Bréfritari: Gunnlaugur Oddsson
Dagsetning: A-1890-04-01
Skrifað á: Glasgow, Skotlandi

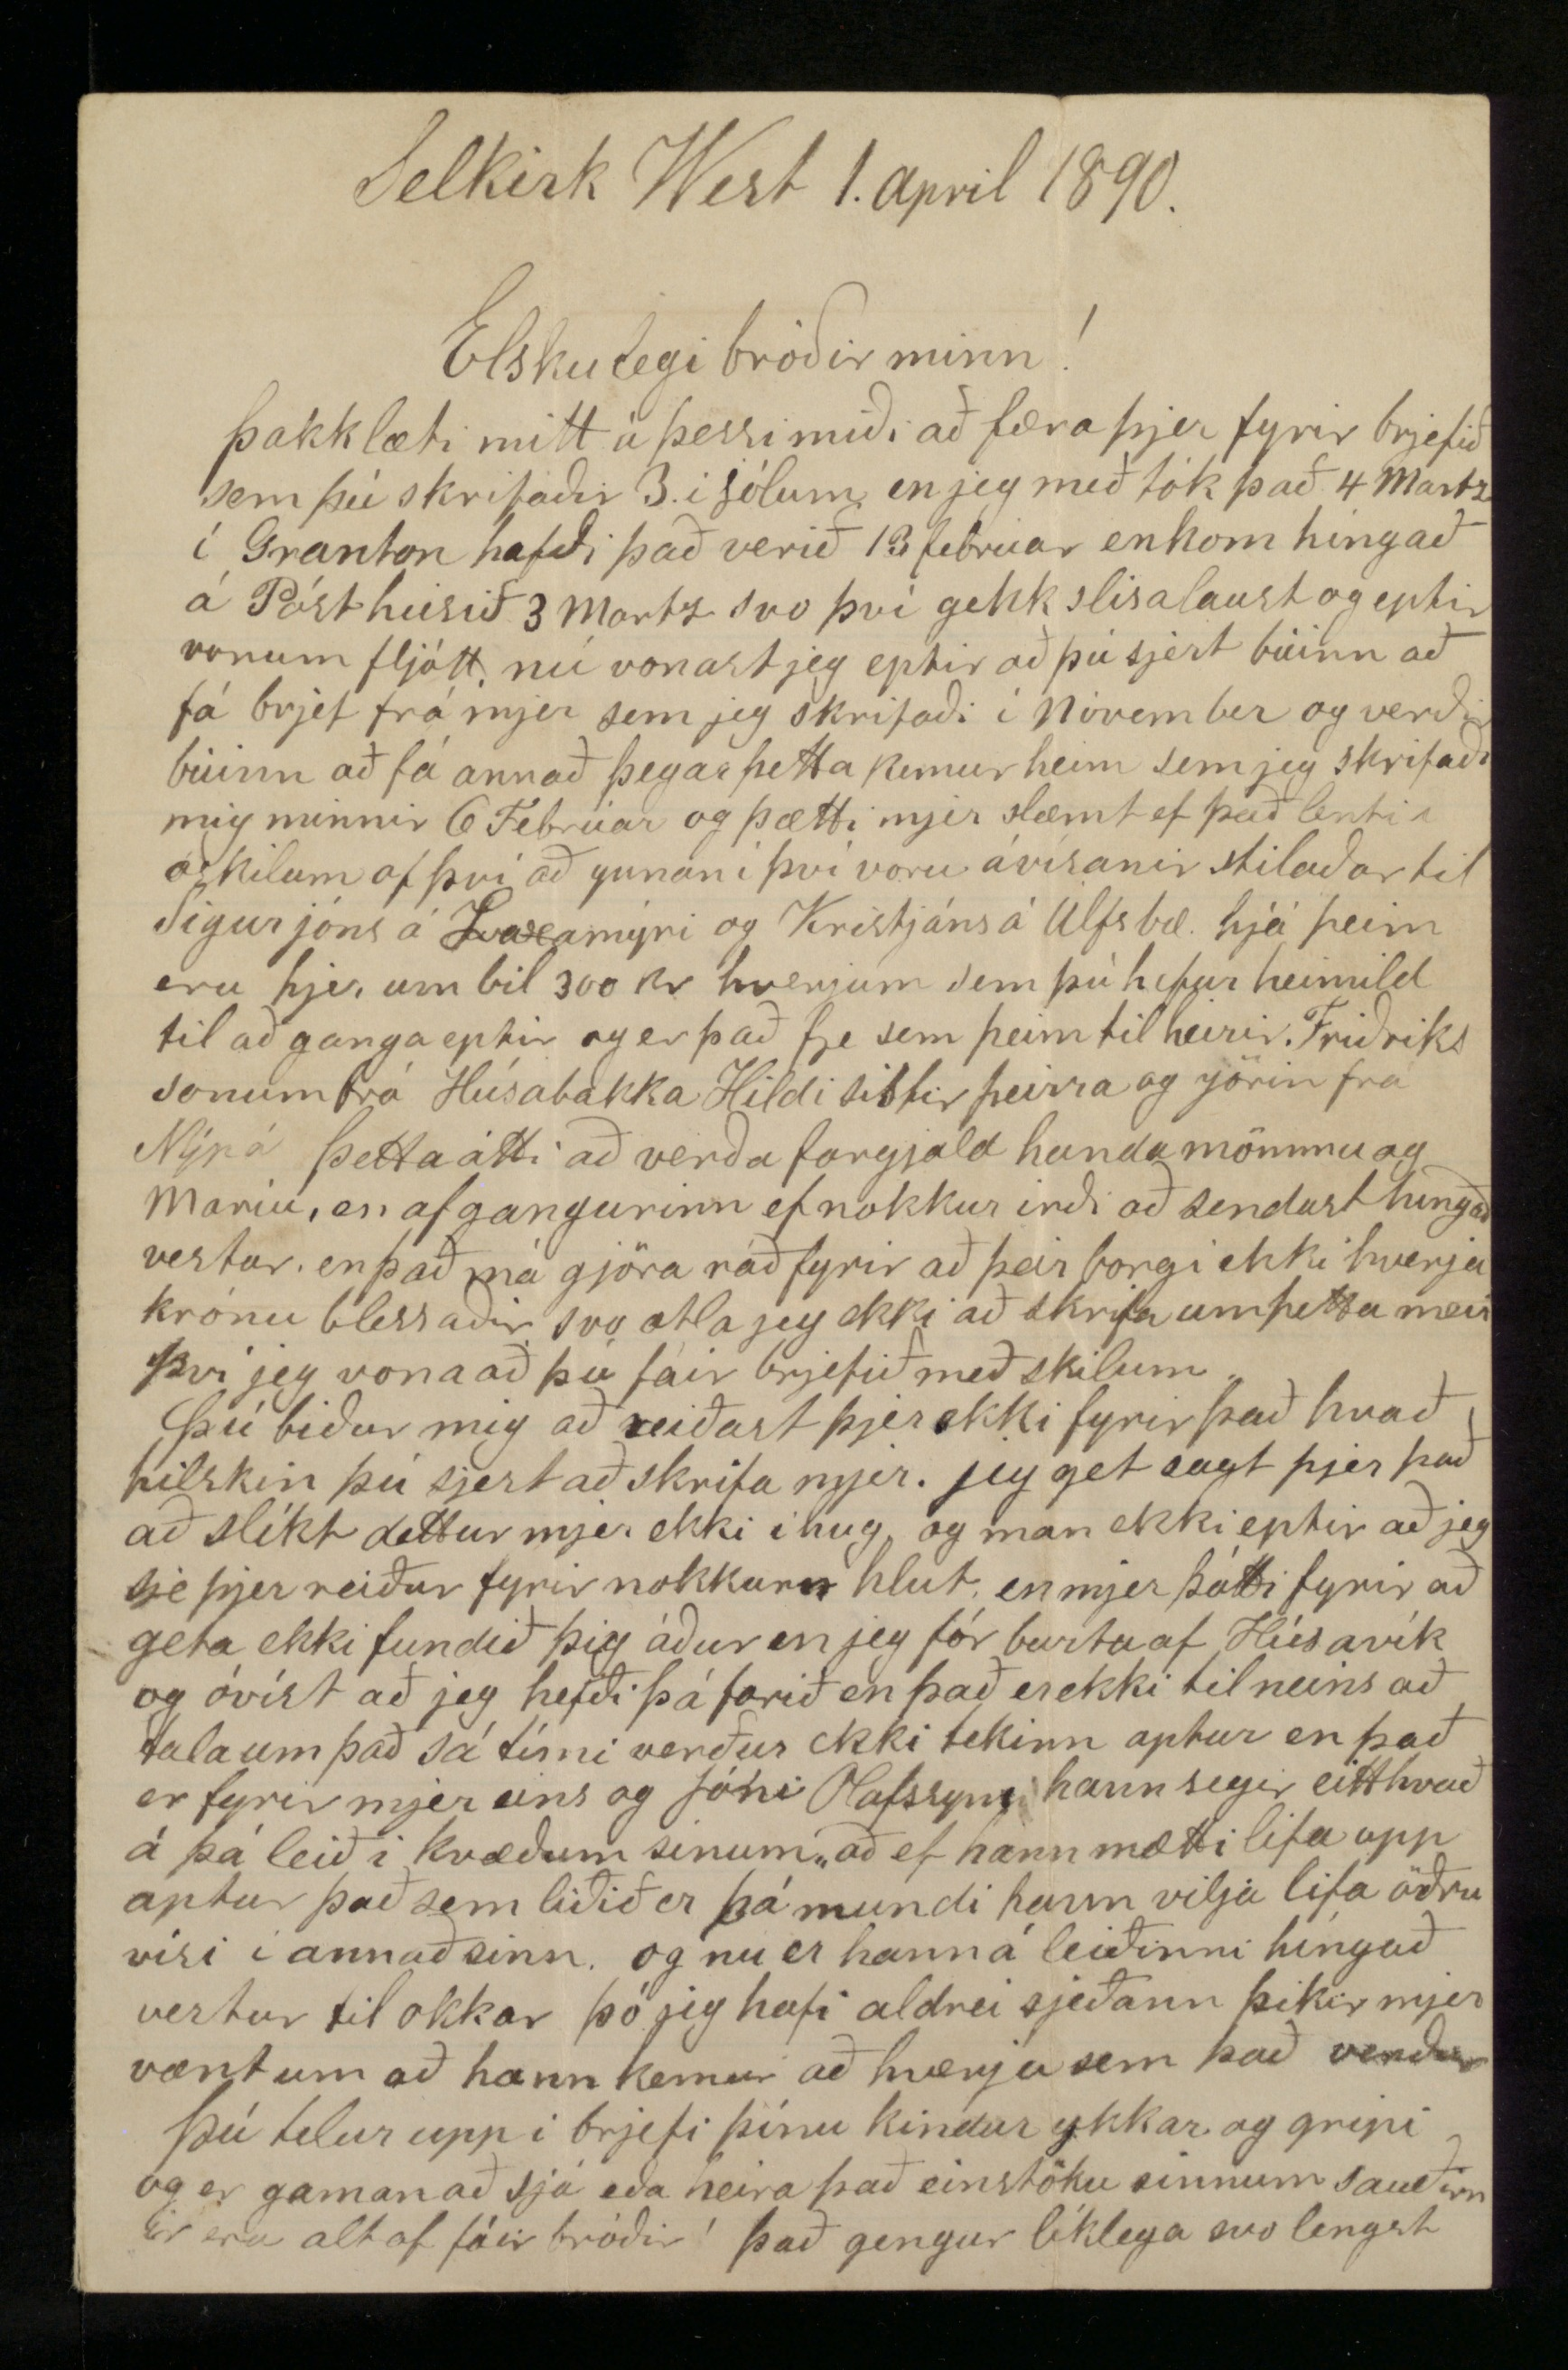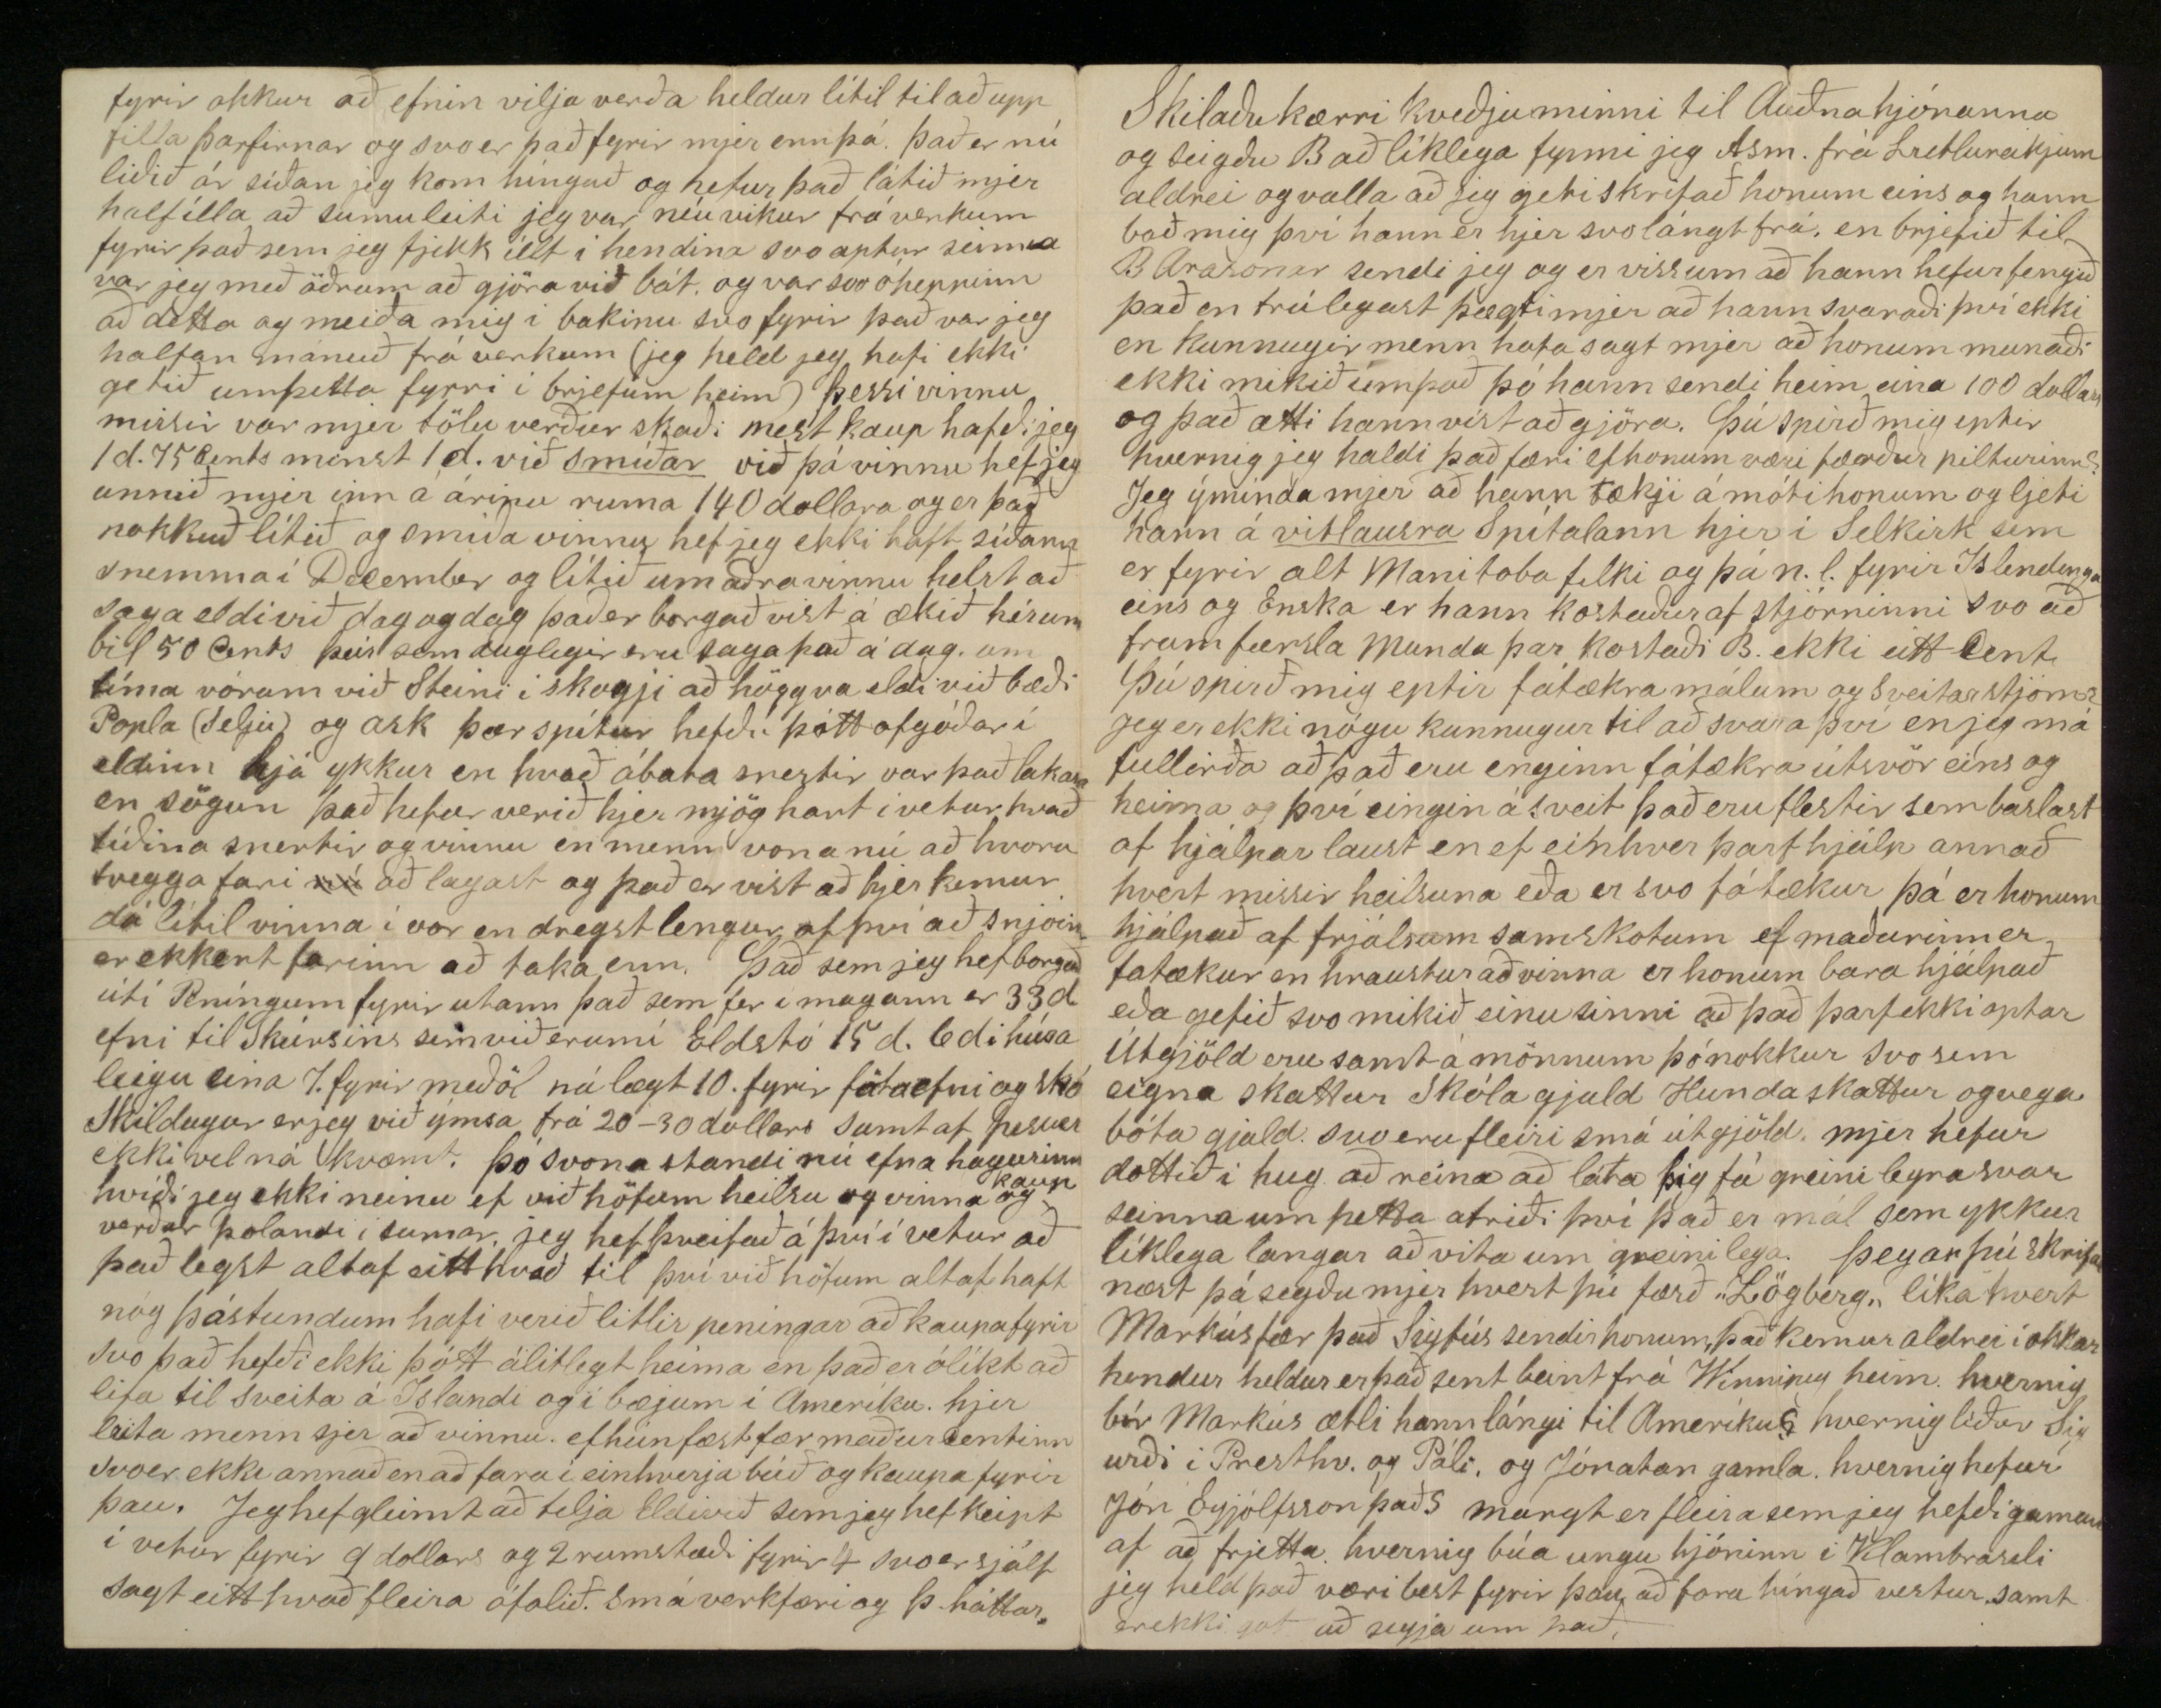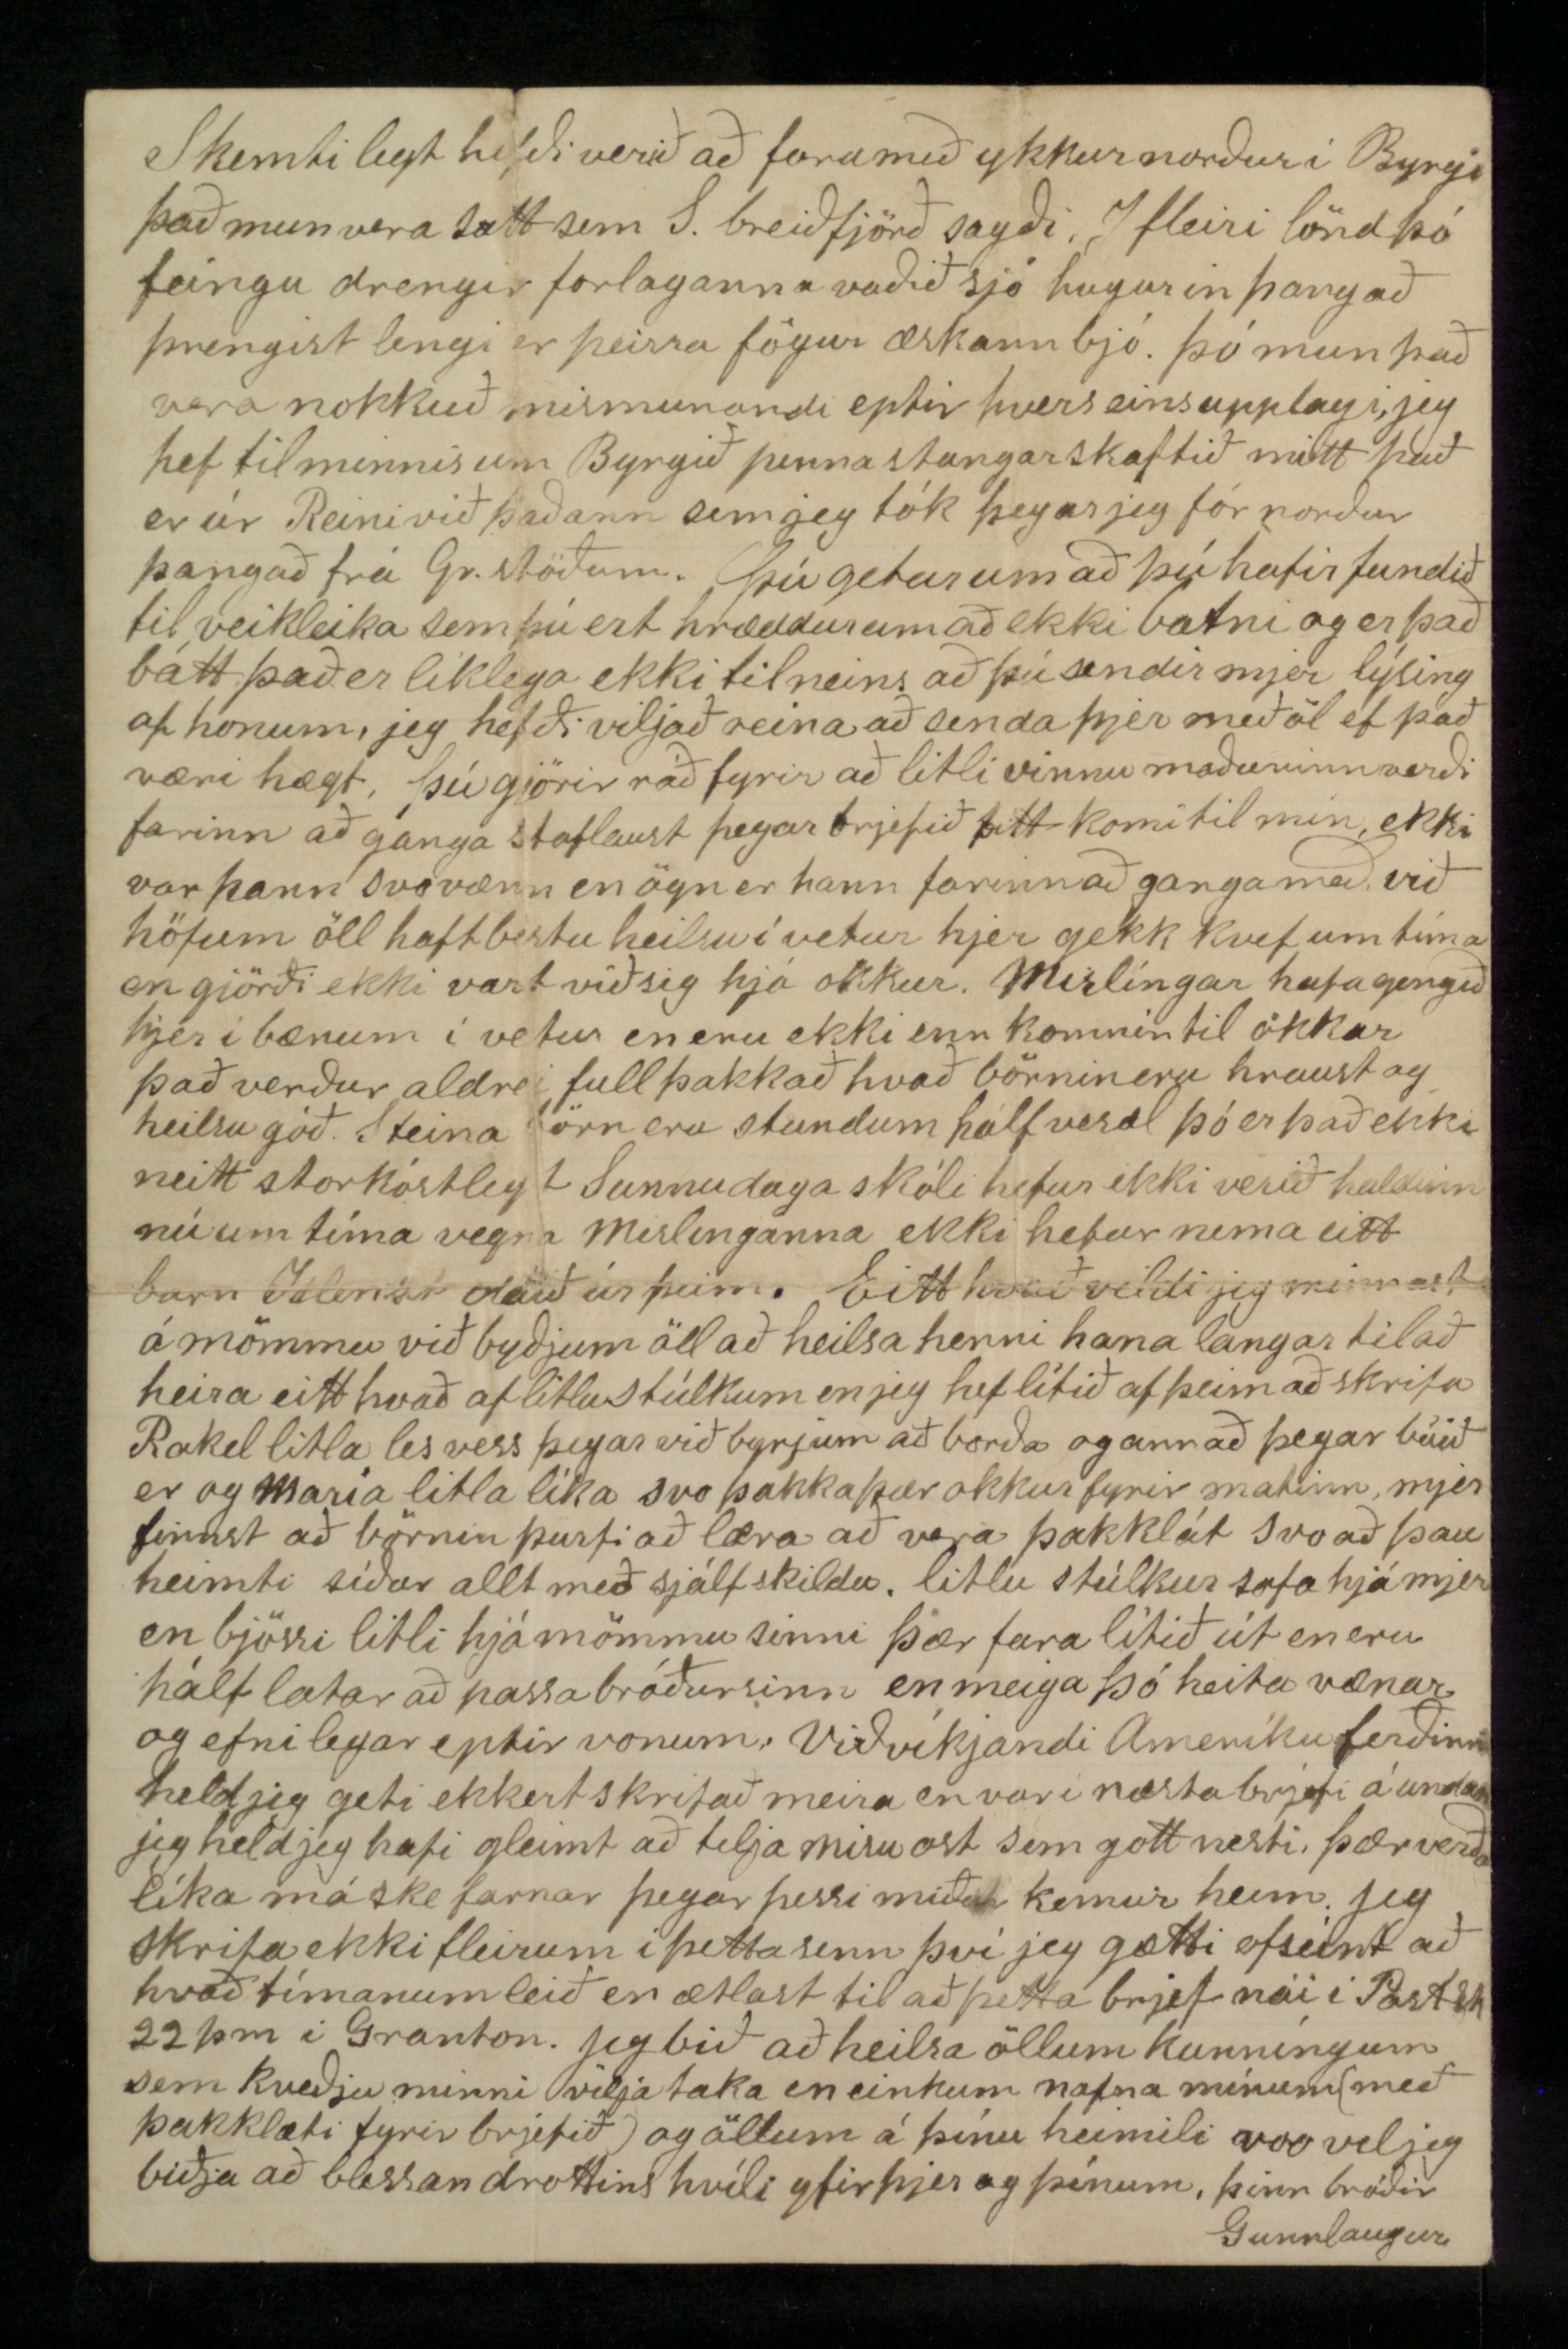

Selkirk West 1. apríl 1890
Elskulegi bróðir minn!
þakklæti mitt á þessi miði að færa þjer fyrir brjefið sem þú skrifaðir 3. í jólum en jeg með tók það 4 Martz í Granton hafði það verið 13 febrúar en kom hingað á Pósthúsið 3 Martz svo því gekk slisalaust og eptir vonum fljótt nú vonast jeg eptir að þú sjert búinn að fá brjef frá mjer sem jeg skrifaði í Nóvember og verðir búinn að fá annað þegar þetta kemur heim sem jeg skrifaði mig minnir 6 Febrúar og þætti mjer slæmt ef það lenti í óskilum af því að ynnan í því voru ávísanir stílaðar til Sigurjóns á Laxamýri og Kristjáns á Úlfsbæ. hjá þeim eru hjer um bil 300 kr hverjum sem þú hefur heimild til að ganga eptir og er það fje sem þeim tilheirir. Friðriks sonum frá Húsabakka Hildi sistir þeirra og jörin frá Nýpá þetta átti að verða fargjald handa mömmu og Maríu, en afgangurinn ef nokkur irði að sendast hingað vestur en það má gjöra ráð fyrir að þeir borgi ekki hverja krónu blessaðir svo ætla jeg ekki að skrifa um þetta meir því jeg vona að þú fáir brjefið með skilum
þú biður mig að reiðast þjer ekki fyrir það hvað hilskin þú sjert að skrifa mjer. jeg get sagt þjer það að slíkt dettur mjer ekki í hug og man ekki eptir að jeg sje þjer reiður fyrir nokkurn hlut en mjer þótti fyrir að geta ekki fundið þig áður en jeg fór burtu af Húsavík og óvíst að jeg hefði þá farið en það er ekki til neins að tala um það sá tími verður ekki tekinn aptur en það er fyrir mjer eins og Jóni Olafssyni hann segir eitthvað á þá leið í kvæðum sínum „að ef hann mætti lifa upp aptur það sem liðið er þá mundi hann vilja lifa öðru vísi í annað sinn. og nú er hann hann á leiðinni híngað vestur til okkar þó jeg hafi aldrei sjeðann þikir mjer vænt um að hann kemur að hverju sem það verður
þú telur upp í brjefi þínu kindur ykkar og gripi og er gaman að sjá eða heira það einstöku sinnum sauðirnireru altof fáir bróðir! það gengur líklega svo lengst
fyrir okkur að efnin vilja verða heldur lítil til að upp filla þarfirnar og svo er það fyrir mjer ennþá. það er nú liðið ár síðan jeg kom híngað og hefur það látið mjer halfílla að sumu leiti jeg var níu vikur frá verkum fyrir það sem jeg fjekk íllt í hendina svo aptur seinna var jeg með öðrum að gjöra við bát og var svo óheppinn að detta og meiða mig í bakinu svo fyrir það var jeg halfan mánuð frá verkum (jeg held jeg hafi ekki getið umþetta fyrri í brjefum heim) þessi vinnu missir var mjer töluverður skaði mest kaup hafði jeg 1 d. 75 Cents minst 1 d. við
smíðar
við þá vinnu hef jeg unnið mjer inn á árinu ruma 140 dollara og er það nokkuð lítið og smíða vinnu hef jeg ekki haft síðann snemma í December og lítið um aðra vinnu helst að saga eldivið dag og dag það er borgað vist á ækið hérum bil 50 Cents þeir sem duglegir eru saga það á dag. um tíma vórum við Steini í skogji að höggva eldi við bæði Popla (Selju) og ask þær spítur hefðu þótt of góðar í eldinn hjá ykkur en hvað ábata snertir var það lakara en sögun það hefur verið hjer mjög hart í vetur hvað tíðina snertir og vinnu en menn vona nú að hvoru tvegga fari
nú
að lagast og það er víst að hjer kemur dálítil vinna í vor en dregst lengur af því að snjóin er ekkert farinn að taka enn. það sem jeg hef borgað útí Peníngum fyrir utann það sem fer í magann er 33 d efni til Skúrsins sem við erum í Eldstó 15 d. 6 d í húsa leigu eina 7. fyrir meðöl nálægt 10. fyrir fataefni og skó Skildugur er jeg við ýmsa frá 20-30 dollars sumt af þessu ekki vel ná kvæmt. þó svona standi nú efna hagurinn kvíði jeg ekki neinu ef við höfum heilsu og vinna og
kaup
verður þolandi í sumar, jeg hef þreifað á því í vetur að það legst altaf eitthvað til því við höfum altaf haft nóg þó stundum hafi verið litlir peningar að kaupa fyrir svo það hefði ekki þótt álitlegt heima en það er ólíkt að lifa til sveita á Islandi og í bæjum í Ameríku. hjer leita menn sjer að vinnu. ef hún fæst fær maður Centinn svo er ekki annað en að fara í einhverja búð og kaupa fyrir þau. Jeg hef gleimt að telja Eldivið sem jeg hef keipt í vetur fyrir 9 dollars og 2 rumstæði fyrir 4 svo er sjálf sagt eitthvað fleira ótalið. Smá verkfæri og þ. háttar.
Skilaðu kærri kveðju minni til Auðnahjónanna og seigðu B að líklega fynni jeg Asm. frá
Litlureikjum
aldrei og valla að jeg geti skrifað honum eins og hann bað mig því hann er hjer svo lángt frá, en brjefið til B Arasonar sendi jeg og er viss um að hann hefur fengið það en trúlegast þægti mjer að hann svaraði því ekki en kunnugir menn hafa sagt mjer að honum munaði ekki mikið um það þó hann sendi heim eina 100 dollara og það ætti hann víst að gjöra. þú spirð mig eptir hvernig jeg haldi það færi ef honum væri færður pilturinn? Jeg ýminda mjer að hann tækji á móti honum og ljeti hann á
vitlausra
Spítalann hjer í Selkirk sem er fyrir alt Manitoba fylki og þá n.l. fyrir Islendinga eins og Enska er hann kostaður af stjórninni svo að fram færsla Munda þar kostaði B. ekki eitt Cent þú spirð mig eptir fátækramálum og Sveitastjórn? jer ekki nógu kunnugur til að svara því en jeg má fullirða að það eru enginn fátækra útsvör eins og heima og því eingin á sveit það eru flestir sem baslast af hjálparlaust en ef einhver þarf hjálp annað hvert missir heilsuna eða er svo fátækur þá er honum hjálpað af frjálsum samskotum ef maðurinn er fatækur en hraustur að vinna er honum bara hjálpað eða gefið svo mikið einu sinni að það þarf ekki optar Útgjöld eru samt á mönnum þó nokkur svo sem eigna skattur Skólagjald Hunda skattur og vega bóta gjald svo eru fleiri smá útgjöld. mjer hefur dottið í hug að reina að láta þig fá greinilegra svar seinna um þetta atriði því það er mál sem ykkur líklega langar að vita um greinilega. þegar þú skrifar næst þá segðu mjer hvert þú færð "Lögberg„ líka hvert Markús fær það Sigfús sendir honum það kemur aldrei í okkar hendur heldur er það sent beint frá Winnipeg heim. hvernig bír Markús ætli hann lángi til Ameríku? hvernig líður Sigurði í Presthv. og Páli og Jónatan gamla. hvernig hefur Jón Eyjólfsson það? margt er fleira sem jeg hefði gaman af að frjetta. hvernig búa ungu hjóninn í Klambraseli jeg held það væri best fyrir þau að fara híngað vestur samt er ekki got að segja um það.
Skemtilegt hefði verið að fara með ykkur norður í Byrgi það mun vera satt sem S. breiðfjörð sagði I fleiri lönd þó feingu drengir forlaganna vaðið sjó hugurin þangað þrengist lengi er þeirra fögur æskann bjó. þó mun það vera nokkuð mismunandi eptir hvers eins upplagi jeg hef til minnis um Byrgið pennastangarskaftið mitt það er úr Reinivið þaðann sem jeg tók þegar jeg fór norður þangað frá Gr.stöðum. Þú getur um að þú hafir fundið til veikleika sem þú ert hræddur um að ekki batni og er það bátt það er líklega ekki til neins að þú sendir mjer lýsing af honum, jeg hefði viljað reina að senda þjer meðöl ef það væri hægt, þú gjörir ráð fyrir að litli vinnumaðurinn verði farinn að ganga staflaust þegar brjefið þitt komi til mín, ekki var hann svo vænn en ögn er hann farinn að ganga með við höfum öll haft bestu heilsu í vetur hjer gekk kvef um tíma en gjörði ekki vart við sig hjá okkur. Mislíngar hafa gengið hjer í bænum í vetur en eru ekki enn komnir til okkar það verður aldrei fullþakkað hvað börnin eru hraust og heilsugóð. Steina börn eru stundum hálf vesæl þó er það ekki neitt storkóstlegt Sunnudaga skóli hefur ekki verið haldinn nú um tíma vegna Mislinganna ekki hefur neima eitt barn
Islenkt
dáið úr þeim. Eitt hvað vildi jeg minnast á mömmu við byðjum öll að heilsa henni hana langar til að heira eitthvað af litlu stúlkum en jeg hef lítið af þeim að skrifa Rakel litla les vess þegar við byrjum að borða og annað þegar búið er og María litla líka svo þakka þær okkur fyrir matinn mjer finnst að börnin þurfi að læra að vera þakklát svo að þau heimti síður alt með sjálfskildu. litlu stúlkur sofa hjá mjer en bjössi litli hjá mömmu sinni þær fara lítið út en eru hálf latar að passa bróður sinn en meiga þó heita vænar og efnilegar eptir vonum Viðvíkjandi Ameríkuferðinni held jeg geti ekkert skrifað meira en var í næsta brjefi á undan jeg held jeg hafi gleimt að telja misuost sem gott nesti þær verða líka máske farnar þegar þessi miði kemur heim. Jeg skrifa ekki fleirum í þetta sinn því jeg gætti of seint að hvað tímanum leið en ætlast til að þetta brjef nái í Postsk 22 þm í Granton. jeg bið að heilsa öllum kunníngum sem kveðju minni vilja taka en einkum nafna mínum (með þakklæti fyrir brjefið) og öllum á þínu heimili svo vil jeg biðja að blessan drottins hvíli yfir þjer og þínum, þinn bróðir
Gunnlaugur